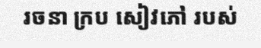
រចនា ក្រប សៀវភៅ របស់